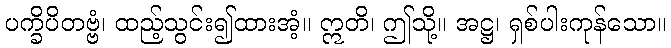
ပက္ခိပိတဗ္ဗံ၊ ထည့်သွင်း၍ထားအံ့။ ဣတိ၊ ဤသို့။ အဋ္ဌ၊ ရှစ်ပါးကုန်သော။